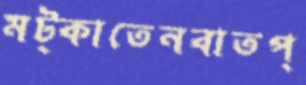
মট্‌কাতেনবাতপ্